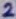
Text: 2